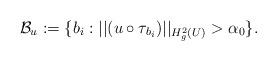
LaTeX: \begin{align*} \mathcal{B}_u := \{ b_i : ||(u \circ \tau_{b_i})||_{H^2_g(U)} > \alpha_0 \}. \end{align*}